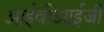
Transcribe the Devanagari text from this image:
आईवीआईजी